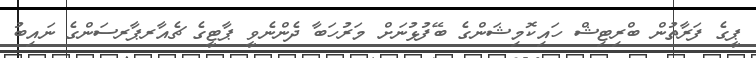
ޕީގެ ފަރާތުން ބްރިޓިޝް ހައިކޮމިޝަންގެ ބޭފުޅުނަށް މަރުހަބާ ދެންނެވީ ޕާޓީގެ ޗެއާރޕާރސަންގެ ނައިބު